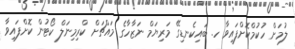
ލުމަށް ހުކުމްކޮށްފައިވާ ހ. ބައިކެނޑިގޭ މަރިޔަމް ނަޒާހާގެ މައްޗަށް ކްރިމިނަލް ކޯޓުން ކޮށްފައިވާ